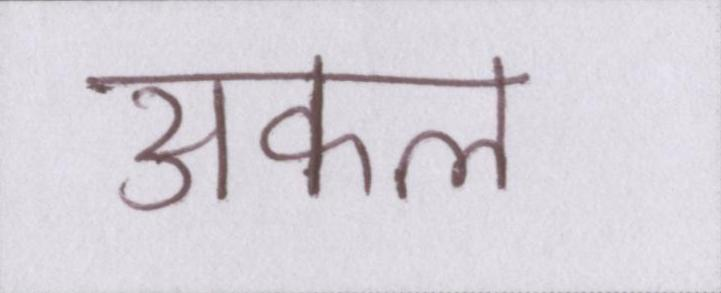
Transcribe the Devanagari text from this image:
अकल